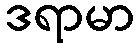
ဒရာမာ